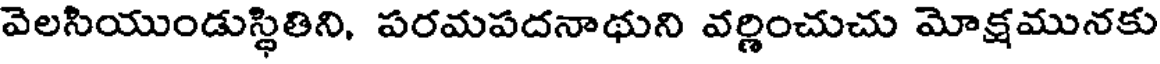
వెలసియుండుస్థితిని, పరమపదనాథుని వర్ణించుచు మోక్షమునకు